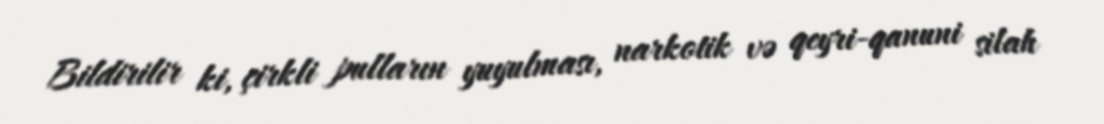
Bildirilir ki, çirkli pulların yuyulması, narkotik və qeyri-qanuni silah